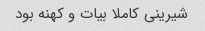
شیرینی کاملا بیات و کهنه بود